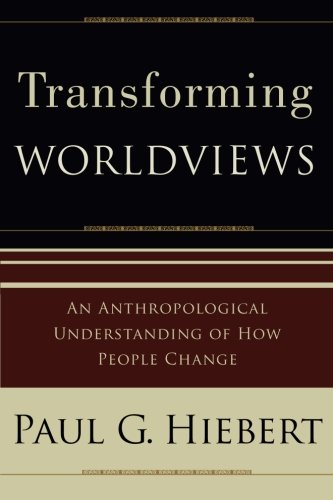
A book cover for Transforming Worldviews: An Anthropological Understanding of How People Change; Paul G. Hiebert; Christian Books & Bibles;